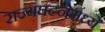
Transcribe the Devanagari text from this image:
राज्यघटनेमध्ये